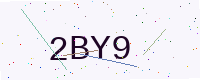
Text: 2BY9